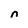
Character: n